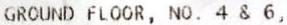
GROUND FLOOR, NO. 4 & 6,